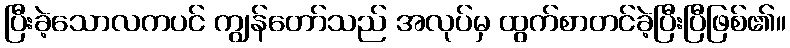
ပြီးခဲ့သောလကပင် ကျွန်တော်သည် အလုပ်မှ ထွက်စာတင်ခဲ့ပြီးပြီဖြစ်၏။